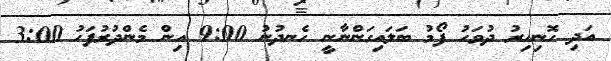
އަދި ހޮނިހިރު ދުވަހު ފޯމު ބަލައިގަންނާނީ ހެނދުނު 9:00 އިން މެންދުރުފަހު 3:00